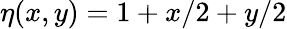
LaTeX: \eta(x,y)=1+x/2+y/2